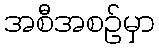
အစီအစဉ်မှာ